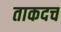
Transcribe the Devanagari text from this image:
ताकदच